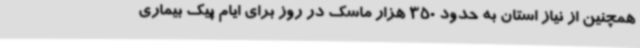
همچنین از نیاز استان به حدود 350 هزار ماسک در روز برای ایام پیک بیماری